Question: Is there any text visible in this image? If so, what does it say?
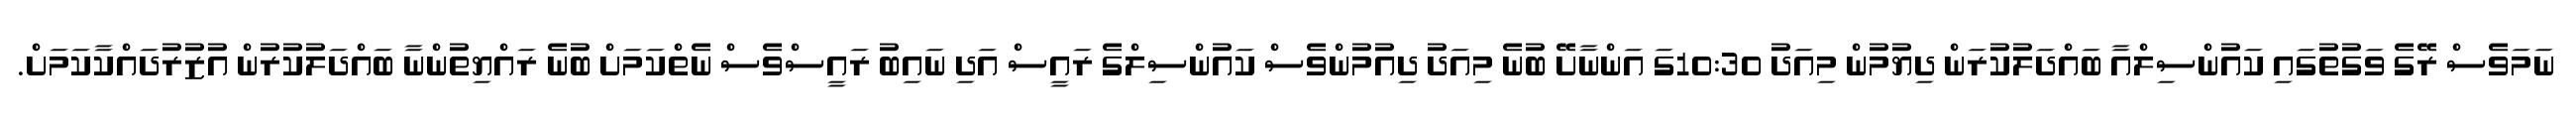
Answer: ނަމަވެސް ރޭގެ ވަގުތުގައި ކައުންސިލްއާ ބައްދަލުކުރަން ދިޔުމުން މިއަދު 10:30ގަ އަންނާށޭ ބުނެ މިއަދު ދިއުމުންވެސް ކައުންސިލްގެ ރައީސް އަދި ނައިބު ރައީސްވެސް ނެތްކަމަށް ބުނެ ރައްޔިތުންނާ ބައްދަލުކުރުން އުޒުރުދައްކާކަމަށް.